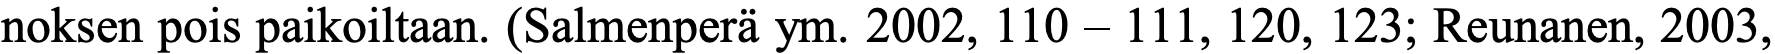
noksen pois paikoiltaan. (Salmenperä ym. 2002, 110 – 111, 120, 123; Reunanen, 2003,